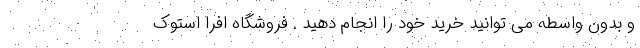
و بدون واسطه می توانید خرید خود را انجام دهید . فروشگاه افرا استوک